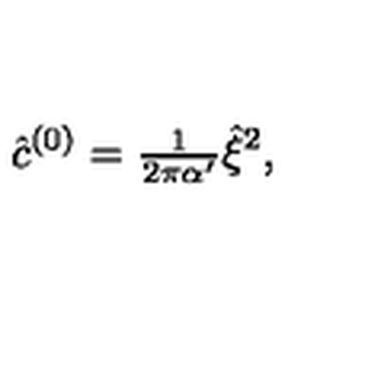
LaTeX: \hat { c } ^ { ( 0 ) } = { \textstyle \frac { 1 } { 2 \pi \alpha ^ { \prime } } } \hat { \xi } ^ { 2 } ,